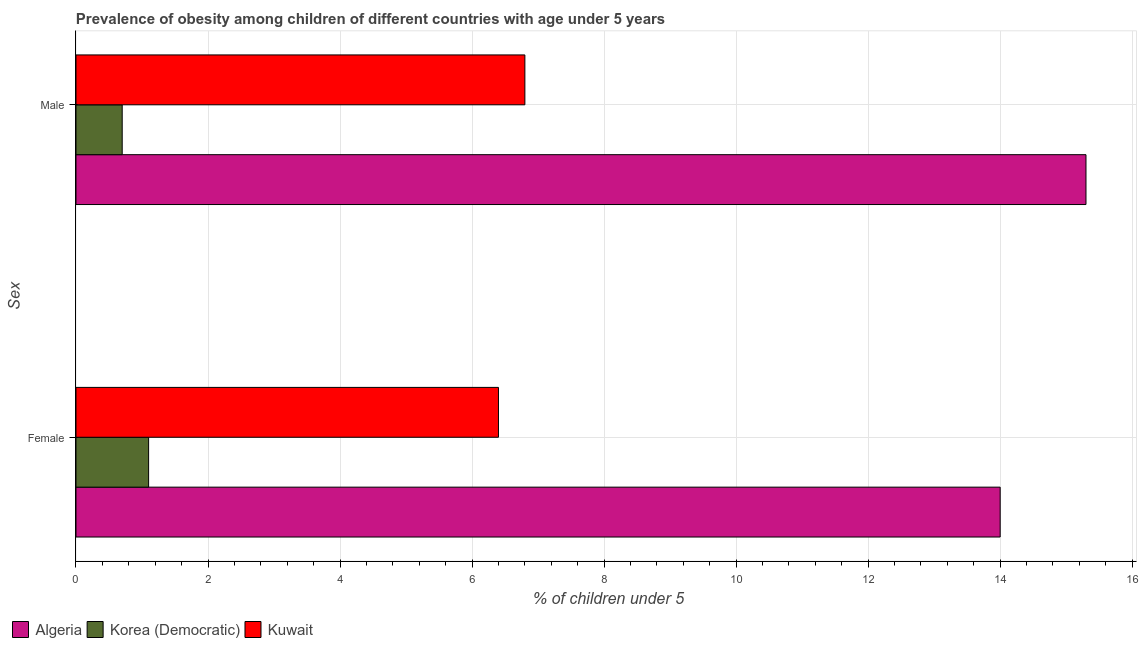
| Sex | Algeria | Korea (Democratic) | Kuwait |
 | --- | --- | --- | --- |
 | Female | 14 | 1.1 | 6.4 |
 | Male | 15.3 | 0.7 | 6.8 |